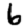
Digit: 6